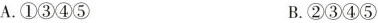
A.①③④⑤ B.②③④⑤